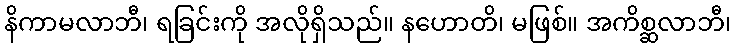
နိကာမလာဘီ၊ ရခြင်းကို အလိုရှိသည်။ နဟောတိ၊ မဖြစ်။ အကိစ္ဆလာဘီ၊